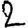
Digit: 2